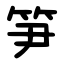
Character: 笋